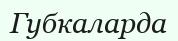
Губкаларда